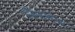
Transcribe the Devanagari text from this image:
जिमजोन्स